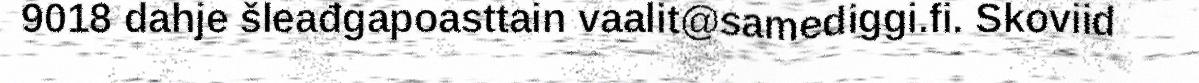
9018 dahje šleađgapoasttain vaalit@samediggi.fi. Skoviid